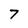
Character: 7